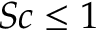
S c \leq 1